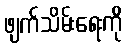
ဖျက်သိမ်းရေးကို